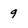
Character: 9